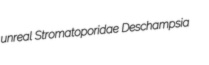
unreal Stromatoporidae Deschampsia